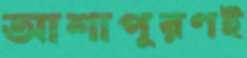
আশাপূরণই